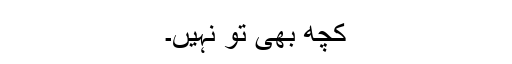
کچھ بھی تو نہیں۔